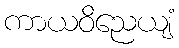
ကာယဝိညေယျံ